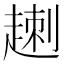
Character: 𧼕